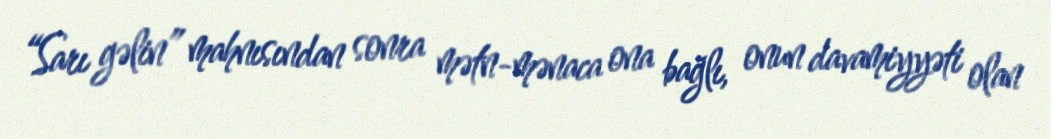
“Sarı gəlin” mahnısından sonra mətn-mənaca ona bağlı, onun davamiyyəti olan